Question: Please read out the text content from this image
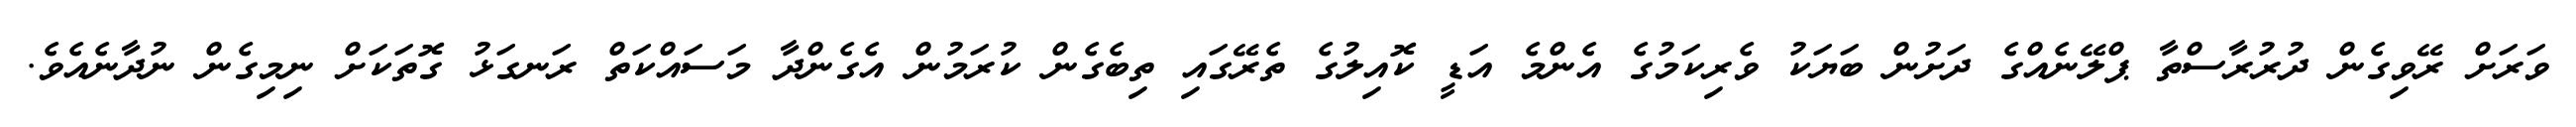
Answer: ވަރަށް ރޭވިގެން ދުރުރާސްތާ ޕްލޭނެއްގެ ދަށުން ބަޔަކު ވެރިކަމުގެ އެންމެ އަޑީ ކޮއިލުގެ ތެރޭގައި ތިބެގެން ކުރަމުން އެގެންދާ މަސައްކަތް ރަނގަޅު ގޮތަކަށް ނިމިގެން ނުދާނެއެވެ.